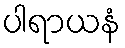
ပါရာယနံ